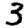
Digit: 3